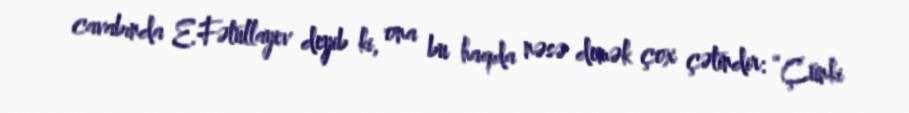
cavabında E.Fətullayev deyib ki, ona bu haqda nəsə demək çox çətindir: “Çünki